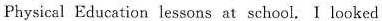
Physical Education lessons at school.